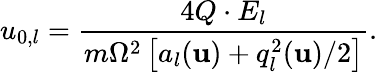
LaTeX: u_{0,l}=\frac{4Q\cdot E_{l}}{m\Omega^{2}\left[a_{l}(\mathbf{u})+q_{l}^{2}(\mathbf{u})/2\right]}.